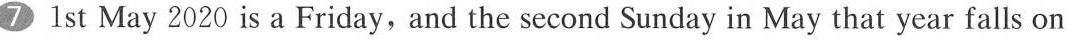
7 1st May 2020 is a Friday, and the second Sunday in May that year falls on